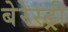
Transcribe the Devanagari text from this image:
बेरेस्ट्री